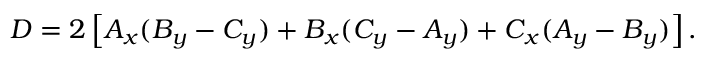
D = 2 \left[ A _ { x } ( B _ { y } - C _ { y } ) + B _ { x } ( C _ { y } - A _ { y } ) + C _ { x } ( A _ { y } - B _ { y } ) \right] .